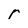
Character: r